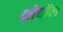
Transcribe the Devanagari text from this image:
थ्रोबॉल